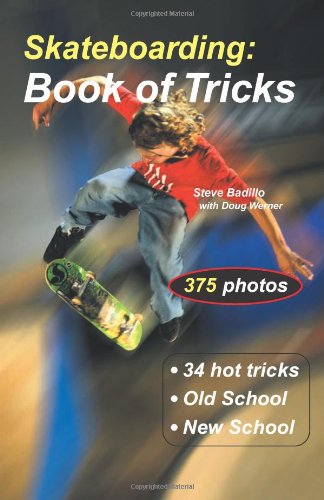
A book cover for Skateboarding: Book of Tricks (Start-Up Sports); Steve Badillo; Sports & Outdoors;